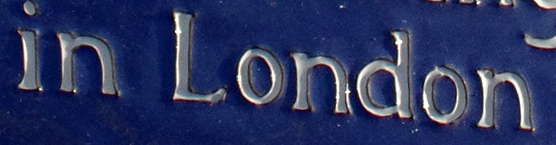
in London